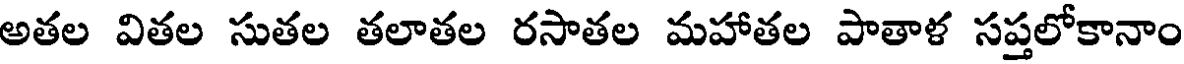
అతల వితల సుతల తలాతల రసాతల మహాతల పాతాళ సప్తలోకానాం